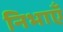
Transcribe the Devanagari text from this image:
निभाएँ